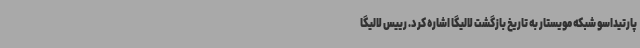
پارتیداسو شبکه مویستار به تاریخ بازگشت لالیگا اشاره کرد. رییس لالیگا